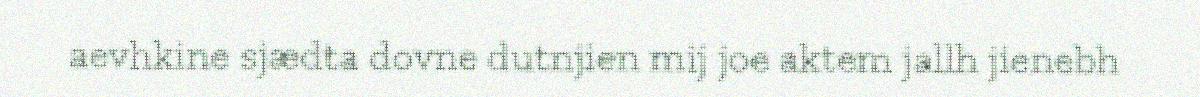
aevhkine sjædta dovne dutnjien mij joe aktem jallh jienebh